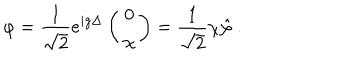
LaTeX: \varphi = \frac { 1 } { \sqrt { 2 } } e ^ { i g \Delta } \left( \begin{array} { c } { { 0 } } \\ { { \chi } } \\ \end{array} \right) = \frac { 1 } { \sqrt { 2 } } \chi \hat { \varphi } \ .